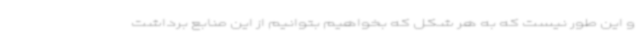
و این طور نیست که به هر شکل که بخواهیم بتوانیم از این منابع برداشت